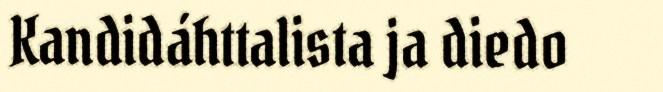
Kandidáhttalista ja diedo